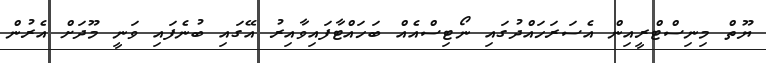
ޔޫތް މިނިސްޓްރީއިން އެސަރަހައްދުގައި ނޯޓިސްއެއް ބަހައްޓާފައިވާއިރު އޭގައި ބުނެފައި ވަނީ މޫދަށް އެރުން